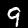
Label: 9